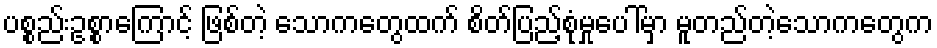
ပစ္စည်းဥစ္စာကြောင့် ဖြစ်တဲ့ သောကတွေထက် စိတ်ပြည့်စုံမှုပေါ်မှာ မူတည်တဲ့သောကတွေက